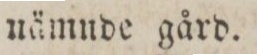
nämnde gård.